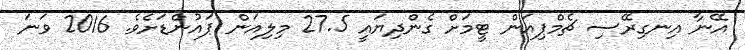
އޭނާ އިނގިރޭސި ޗެމްޕިއަން ޓީމަށް ގެންދިޔައީ 27.5 މިލިއަން ޕައުންޑަށެވެ. 2016 ވަނަ